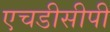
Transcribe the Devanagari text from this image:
एचडीसीपी